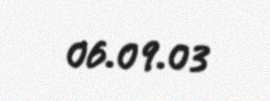
06.09.03